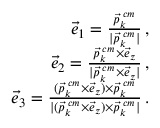
\begin{array} { r l r } & { } & { \vec { e } _ { 1 } = \frac { \vec { p } _ { k } ^ { \; c m } } { | \vec { p } _ { k } ^ { \; c m } | } \, , } \\ & { } & { \vec { e } _ { 2 } = \frac { \vec { p } _ { k } ^ { \; c m } \times \vec { e } _ { z } } { | \vec { p } _ { k } ^ { \; c m } \times \vec { e } _ { z } | } \, , } \\ & { } & { \vec { e } _ { 3 } = \frac { ( \vec { p } _ { k } ^ { \; c m } \times \vec { e } _ { z } ) \times \vec { p } _ { k } ^ { \; c m } } { | ( \vec { p } _ { k } ^ { \; c m } \times \vec { e } _ { z } ) \times \vec { p } _ { k } ^ { \; c m } | } \, . } \end{array}